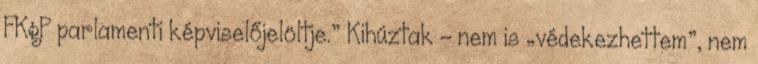
FKgP parlamenti képviselőjelöltje.” Kihúztak - nem is „védekezhettem”, nem